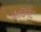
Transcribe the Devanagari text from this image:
कैविनेट